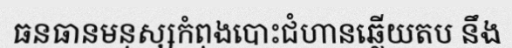
ធនធានមនុស្សកំពុងបោះជំហានឆ្លើយតប នឹង